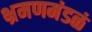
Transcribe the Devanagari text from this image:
भ्रमणमंडळं